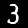
Digit: 3